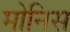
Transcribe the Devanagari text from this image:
मोनिस